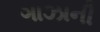
ગાઝાની